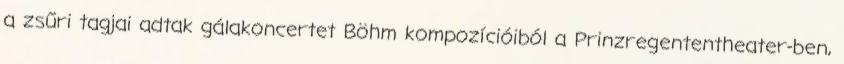
a zsűri tagjai adtak gálakoncertet Böhm kompozícióiból a Prinzregententheater-ben,